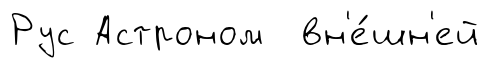
Рус Астроном вн'е́шн'ей